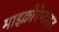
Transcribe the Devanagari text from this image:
माइक्रोपेप्टाइड